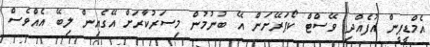
އެމްޑީޕީން އުފެއްދި ވޭސްޓް ކޯޕަރޭށަން އޭ ބުނުމުން މިސަރުކާރަށް އޭގެއިން ލިބޭ އެއްވެސް